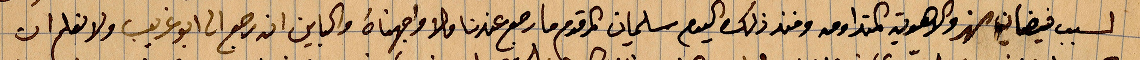
لسبب فيضان النهر والاهوية المتداومة ومنذ ذلك اليوم سليمان المرقوم ما رجع عندنا فلا واجهناه وكاين ان رجع أبو غريب ولا نعلم ان